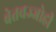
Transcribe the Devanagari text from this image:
बेतवज्जोही